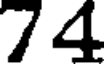
74